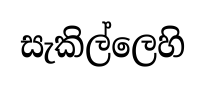
සැකිල්ලෙහි